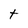
Character: t